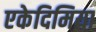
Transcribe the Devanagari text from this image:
एकेदिमिया